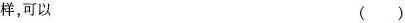
样，可以()